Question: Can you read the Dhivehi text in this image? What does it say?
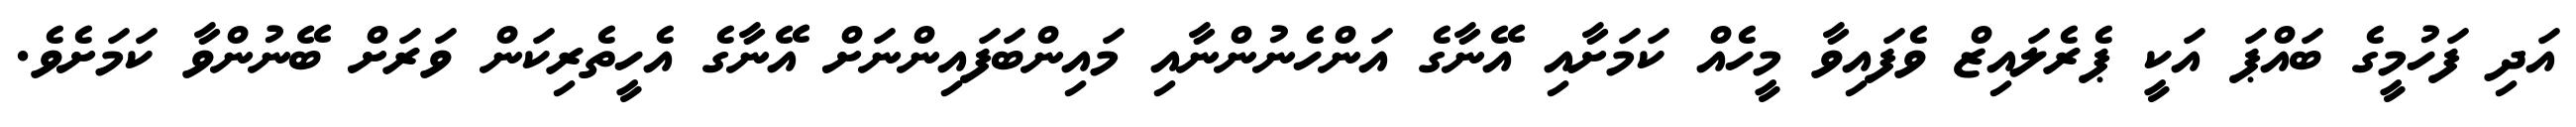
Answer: އަދި ފަހުމީގެ ބައްޕަ އަކީ ޕެރެލައިޒް ވެފައިވާ މީހެއް ކަމަށާއި އޭނާގެ އަންހެނުންނާއި މައިންބަފައިންނަށް އޭނާގެ އެހީތެރިކަން ވަރަށް ބޭނުންވާ ކަމަށެވެ.